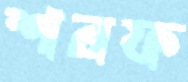
শরফ